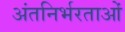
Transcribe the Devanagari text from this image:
अंतनिर्भरताओं